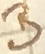
Text: B